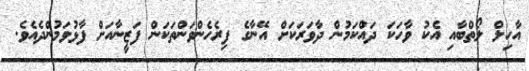
އާހިލް ލޯތްބާއި އެކު ވާހަކަ ދައްކަމުން ދާވަރަކަށް އޭނާގެ ފިރެހެންވަންތަކަން ފަޒީނާއަށް ފާޅުވަމުންދެއެވެ.